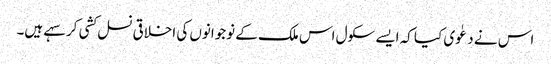
اس نے دعٰوی کیا کہ ایسے سکول اس ملک کے نوجوانوں کی اخلاقی نسل کشی کر سہے ہیں۔